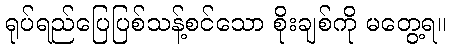
ရုပ်ရည်ပြေပြစ်သန့်စင်သော စိုးချစ်ကို မတွေ့ရ။